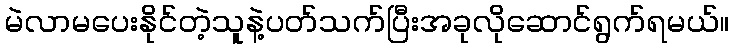
မဲလာမပေးနိုင်တဲ့သူနဲ့ပတ်သက်ပြီးအခုလိုဆောင်ရွက်ရမယ်။